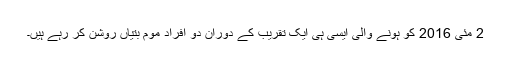
2 مئی 2016 کو ہونے والی ایسی ہی ایک تقریب کے دوران دو افراد موم بتیاں روشن کر رہے ہیں۔